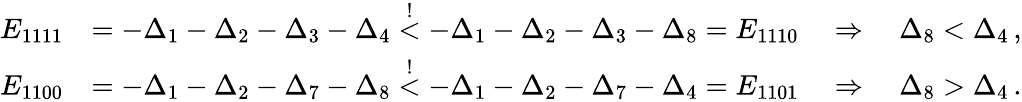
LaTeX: \begin{array}{rl}{E_{1111}}&{=-\Delta_{1}-\Delta_{2}-\Delta_{3}-\Delta_{4}\stackrel{!}{<}-\Delta_{1}-\Delta_{2}-\Delta_{3}-\Delta_{8}=E_{1110}\quad\Rightarrow\quad\Delta_{8}<\Delta_{4}\, ,}\\ {E_{1100}}&{=-\Delta_{1}-\Delta_{2}-\Delta_{7}-\Delta_{8}\stackrel{!}{<}-\Delta_{1}-\Delta_{2}-\Delta_{7}-\Delta_{4}=E_{1101}\quad\Rightarrow\quad\Delta_{8}>\Delta_{4}\, .}\end{array}